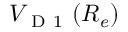
V _ { \mathrm { ~ D ~ 1 ~ } } ( R _ { e } )